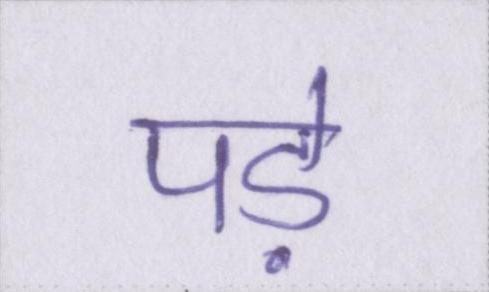
पड़े